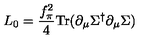
L _ { 0 } = { \frac { f _ { \pi } ^ { 2 } } { 4 } } \mathrm { T r } ( \partial _ { \mu } \Sigma ^ { \dagger } \partial _ { \mu } \Sigma )